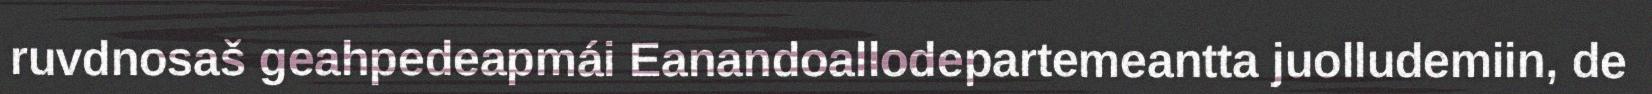
ruvdnosaš geahpedeapmái Eanandoallodepartemeantta juolludemiin, de